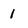
Character: 1